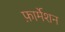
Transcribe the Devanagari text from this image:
फ़ार्मेशन